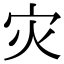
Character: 灾